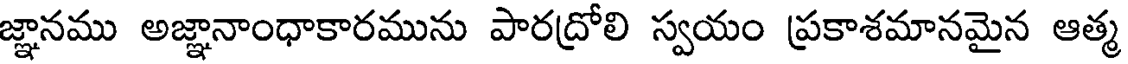
జ్ఞానము అజ్ఞానాంధాకారమును పారద్రోలి స్వయం ప్రకాశమానమైన ఆత్మ